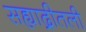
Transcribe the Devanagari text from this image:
सह्याद्रीतली